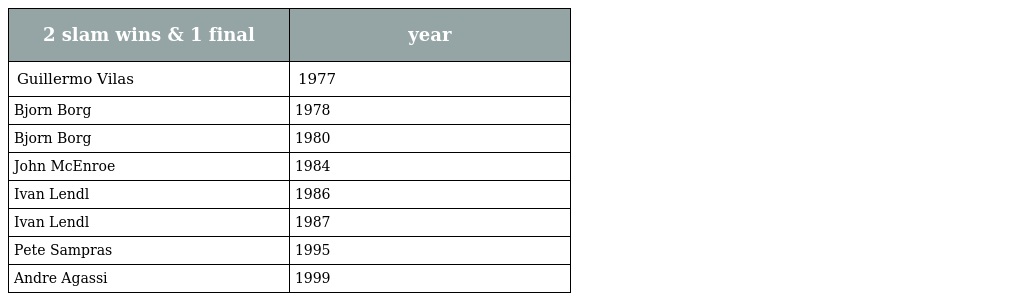
| 2 slam wins & 1 final | year |
 | --- | --- |
 | Guillermo Vilas | 1977 |
 | Bjorn Borg | 1978 |
 | Bjorn Borg | 1980 |
 | John McEnroe | 1984 |
 | Ivan Lendl | 1986 |
 | Ivan Lendl | 1987 |
 | Pete Sampras | 1995 |
 | Andre Agassi | 1999 |